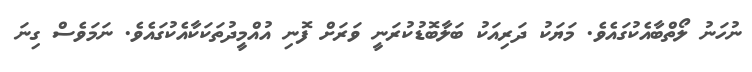
ނުހަނު ލޯތްބާއެކުގައެވެ. މަަޔަކު ދަރިއަކު ބަލާބޮޑުކުރަނީ ވަރަށް ފޮނި އުއްމީދުތަކަކާއެކުގައެވެ. ނަމަވެސް ގިނަ